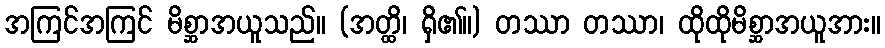
အကြင်အကြင် မိစ္ဆာအယူသည်။ (အတ္ထိ၊ ရှိ၏။) တဿာ တဿာ၊ ထိုထိုမိစ္ဆာအယူအား။